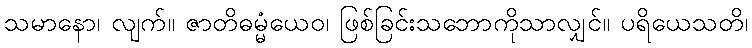
သမာနော၊ လျက်။ ဇာတိဓမ္မံယေဝ၊ ဖြစ်ခြင်းသဘောကိုသာလျှင်။ ပရိယေသတိ၊